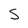
Character: S